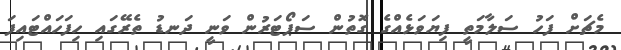
މެޗަށް ފަހު ސަލާމަތީ ފިޔަވަޅެއްގެ ގޮތުން ސަޕޯޓަރުން ވަނީ ދަނޑު ތެރޭގައި ހިފަހައްޓައިފަ